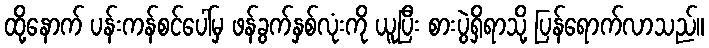
ထို့နောက် ပန်းကန်စင်ပေါ်မှ ဖန်ခွက်နှစ်လုံးကို ယူပြီး စားပွဲရှိရာသို့ ပြန်ရောက်လာသည်။